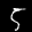
Label: 5